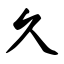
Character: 久